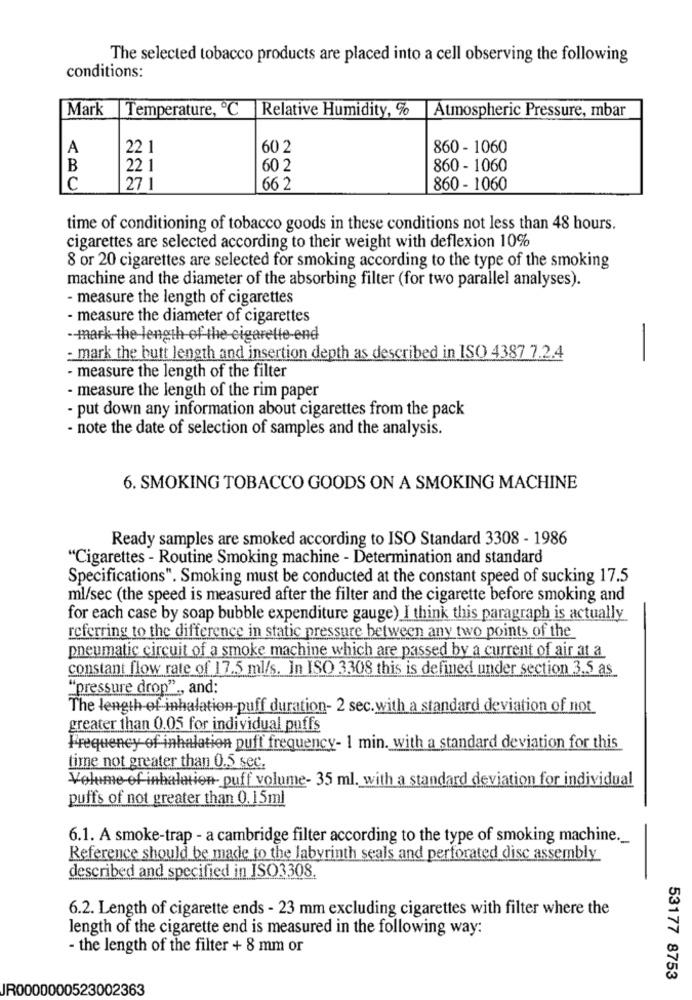
The selected tobacco products are placed into a cell observing the following
conditions:
Mark
Temperature, ℃
Relative Humidity, %
Atmospheric Pressure, mbar
A
22 1
602
860 - 1060
B
22 1
60 2
860 - 1060
C
27 1
66 2
860 - 1060
time of conditioning of tobacco goods in these conditions not less than 48 hours.
cigarettes are selected according to their weight with deflexion 10%
8 or 20 cigarettes are selected for smoking according to the type of the smoking
machine and the diameter of the absorbing filter (for two parallel analyses).
- measure the length of cigarettes
- measure the diameter of cigarettes
-- mark the length of-the-cigarette-end
-
- mark the hutt length and insertion depth as described in ISO 4387 7.2.4
- measure the length of the filter
- measure the length of the rim paper
- put down any information about cigarettes from the pack
- note the date of selection of samples and the analysis.
6. SMOKING TOBACCO GOODS ON A SMOKING MACHINE
Ready samples are smoked according to ISO Standard 3308 - 1986
"Cigarettes - Routine Smoking machine - Determination and standard
Specifications". Smoking must be conducted at the constant speed of sucking 17.5
ml/sec (the speed is measured after the filter and the cigarette before smoking and
for each case by soap bubble expenditure gauge) I think this paragraph is actually
referring to the difference in static pressure between any two points of the
pneumatic circuit of a smoke machine which are passed by a current of air at a
constant flow rate of 17.5 ml/s. In ISO 3308 this is defined under section 3.5 as
"pressure drop" ., and:
The length of inhalation-puff duration- 2 sec.with a standard deviation of not
greater than 0.05 for individual puffs
Frequency of inhalation puff frequency- 1 min. with a standard deviation for this
time not greater than 0.5 sec.
Volume of inhalation puff volume- 35 ml. with a standard deviation for individual
puffs of not greater than 0.15ml
6.1. A smoke-trap - a cambridge filter according to the type of smoking machine.
Reference should be made to the labyrinth seals and perforated disc assembly
described and specified in ISO3308.
6.2. Length of cigarette ends - 23 mm excluding cigarettes with filter where the
length of the cigarette end is measured in the following way:
- the length of the filter + 8 mm or
53177 8753
JR0000000523002363